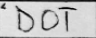
Transcription: DOT